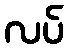
လပ်